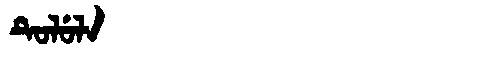
Manchu: ᡨᡠᠯᡠᠯᠠ
Romanization: TULULA